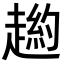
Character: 𧼿